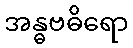
အန္ဓဗဓိရော